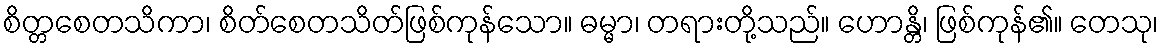
စိတ္တစေတသိကာ၊ စိတ်စေတသိတ်ဖြစ်ကုန်သော။ ဓမ္မာ၊ တရားတို့သည်။ ဟောန္တိ၊ ဖြစ်ကုန်၏။ တေသု၊